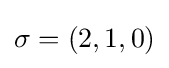
\sigma =(2,1,0)